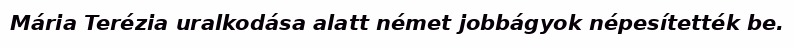
Mária Terézia uralkodása alatt német jobbágyok népesítették be.